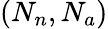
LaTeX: (N_{n},N_{a})